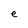
Character: e